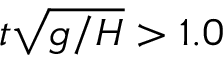
t \sqrt { g / H } > 1 . 0